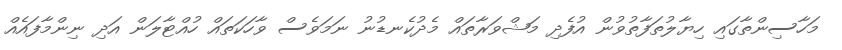
މަހާސިންތާގައި ހިޔާލުތަފާތުވުން އުފެދި މަޝްވަރާތައް މެދުކެނޑުނު ނަމަވެސް ވާހަކަތައް ހުއްޓާލަން އަދި ނިންމާފައެއް